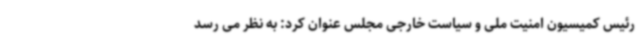
رئیس کمیسیون امنیت ملی و سیاست خارجی مجلس عنوان کرد: به نظر می رسد